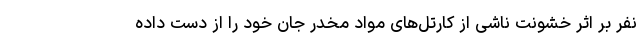
نفر بر اثر خشونت ناشی از کارتل‌های مواد مخدر جان خود را از دست داده